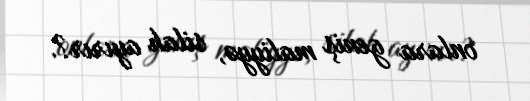
onlara geniş maliyyə, silah ayırır?.